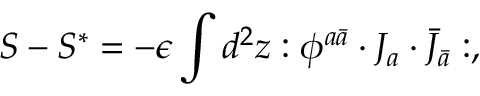
S - S ^ { * } = - \epsilon \int d ^ { 2 } z : \phi ^ { a \bar { a } } \cdot J _ { a } \cdot \bar { J } _ { \bar { a } } : ,